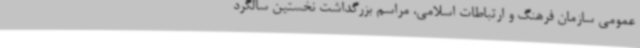
عمومی سازمان فرهنگ و ارتباطات اسلامی، مراسم بزرگداشت نخستین سالگرد